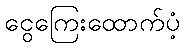
ငွေကြေးထောက်ပံ့